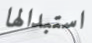
استبدالها